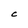
Character: C